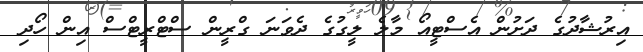
އިރުޝާދުގެ ދަށުން އެސްޓީއޯ މާލެ ލީގުގެ ދެވަނަ ގްރީން ސްޓްރީޓްސް އިން ހޯދި